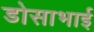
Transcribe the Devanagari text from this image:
डोसाभाई